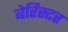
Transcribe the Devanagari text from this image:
बेरिस्टर